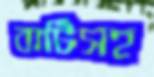
বাটিসহ